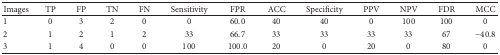
<table><thead><tr><td><b>Images</b></td><td><b>TP</b></td><td><b>FP</b></td><td><b>TN</b></td><td><b>FN</b></td><td><b>Sensitivity</b></td><td><b>FPR</b></td><td><b>ACC</b></td><td><b>Specificity</b></td><td><b>PPV</b></td><td><b>NPV</b></td><td><b>FDR</b></td><td><b>MCC</b></td></tr></thead><tbody><tr><td>1</td><td>0</td><td>3</td><td>2</td><td>0</td><td>0</td><td>60.0</td><td>40</td><td>40</td><td>0</td><td>100</td><td>100</td><td>0</td></tr><tr><td>2</td><td>1</td><td>2</td><td>1</td><td>2</td><td>33</td><td>66.7</td><td>33</td><td>33</td><td>33</td><td>33</td><td>67</td><td>−40.8</td></tr><tr><td>3</td><td>1</td><td>4</td><td>0</td><td>0</td><td>100</td><td>100.0</td><td>20</td><td>0</td><td>20</td><td>0</td><td>80</td><td>0</td></tr></tbody></table>